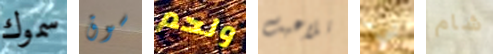
سموك سوق ولحم تلاعبت شيء شام